Report on vaccination in the Province of Bengal - 1869-1873
Year: 1869
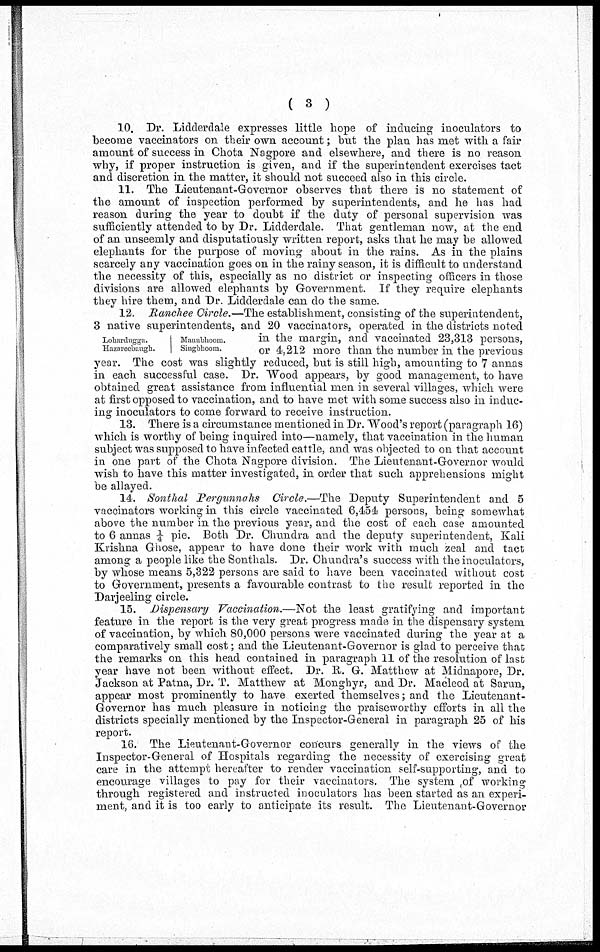
( 3 )
10. Dr. Lidderdale expresses little hope of inducing inoculators to
become vaccinators on their own account; but the plan has met with a fair
amount of success in Chota Nagpore and elsewhere, and there is no reason
why, if proper instruction is given, and if the superintendent exercises tact
and discretion in the matter, it should not succeed also in this circle.
11. The Lieutenant-Governor observes that there is no statement of
the amount of inspection performed by superintendents, and he has had
reason during the year to doubt if the duty of personal supervision was
sufficiently attended to by Dr. Lidderdale. That gentleman now, at the end
of an unseemly and disputatiously written report, asks that he may be allowed
elephants for the purpose of moving about in the rains. As in the plains
scarcely any vaccination goes on in the rainy season, it is difficult to understand
the necessity of this, especially as no district or inspecting officers in those
divisions are allowed elephants by Government. If they require elephants
they hire them, and Dr. Lidderdale can do the same.
Lobardugga.
Hazarecbaugh.
Maunbhoom.
Singbhoom.
12. Ranchee Circle.—The establishment, consisting of the superintendent,
3 native superintendents, and 20 vaccinators, operated in the districts noted
in the margin, and vaccinated 23,313 persons,
or 4,212 more than the number in the previous
year. The cost was slightly reduced, but is still high, amounting to 7 annas
in each successful case. Dr. Wood appears, by good management, to have
obtained great assistance from influential men in several villages, which were
at first opposed to vaccination, and to have met with some success also in induc-
ing inoculators to come forward to receive instruction.
13. There is a circumstance mentioned in Dr. Wood's report (paragraph 16)
which is worthy of being inquired into—namely, that vaccination in the human
subject was supposed to have infected cattle, and was objected to on that account
in one part of the Chota Nagpore division. The Lieutenant-Governor would
wish to have this matter investigated, in order that such apprehensions might
be allayed.
14. Sonthal Pergunnahs Circle.—The Deputy Superintendent and 5
vaccinators working in this circle vaccinated 6,454 persons, being somewhat
above the number in the previous year, and the cost of each case amounted
to 6 annas ¼ pie. Both Dr. Chundra and the deputy superintendent, Kali
Krishna Ghose, appear to have done their work with much zeal and tact
among a people like the Sonthals. Dr. Chundra's success with the inoculators,
by whose means 5,322 persons are said to have been vaccinated without cost
to Government, presents a favourable contrast to the result reported in the
Darjeeling circle.
15. Dispensary Vaccination.—Not the least gratifying and important
feature in the report is the very great progress made in the dispensary system
of vaccination, by which 80,000 persons were vaccinated during the year at a
comparatively small cost; and the Lieutenant-Governor is glad to perceive that
the remarks on this head contained in paragraph 11 of the resolution of last
year have not been without effect. Dr. R. G. Matthew at Midnapore, Dr.
Jackson at Patna, Dr. T. Matthew at Monghyr, and Dr. Macleod at Sarun,
appear most prominently to have exerted themselves; and the Lieutenant-
Governor has much pleasure in noticing the praiseworthy efforts in all the
districts specially mentioned by the Inspector-General in paragraph 25 of his
report.
16. The Lieutenant-Governor concurs generally in the views of the
Inspector-General of Hospitals regarding the necessity of exercising great
care in the attempt hereafter to render vaccination self-supporting, and to
encourage villages to pay for their vaccinators. The system of working
through registered and instructed inoculators has been started as an experi-
ment, and it is too early to anticipate its result. The Lieutenant-Governor